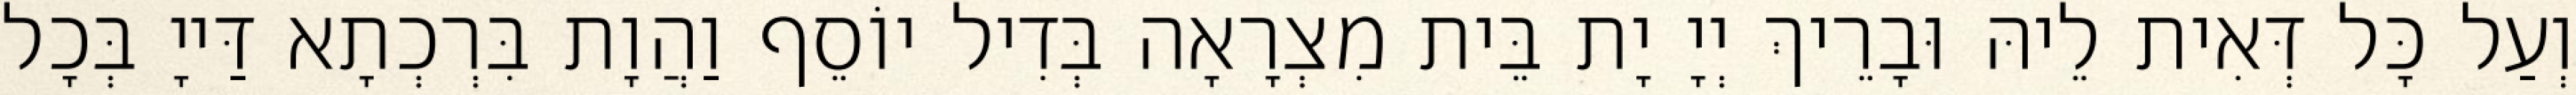
וְעַל כָּל דְּאִית לֵיהּ וּבָרֵיךְ יְיָ יָת בֵּית מִצְרָאָה בְּדִיל יוֹסֵף וַהֲוָת בִּרְכְתָא דַּייָ בְּכָל